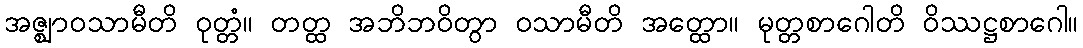
အဇ္ဈာဝသာမီတိ ဝုတ္တံ။ တတ္ထ အဘိဘဝိတွာ ဝသာမီတိ အတ္ထော။ မုတ္တစာဂေါတိ ဝိဿဋ္ဌစာဂေါ။